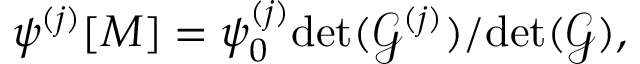
\begin{array} { r } { \psi ^ { ( j ) } [ M ] = \psi _ { 0 } ^ { ( j ) } { \operatorname* { d e t } ( \mathcal { G } ^ { ( j ) } ) } / { \operatorname* { d e t } ( \mathcal { G } ) } , } \end{array}